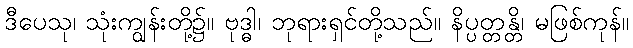
ဒီပေသု၊ သုံးကျွန်းတို့၌။ ဗုဒ္ဓါ၊ ဘုရားရှင်တို့သည်။ နိပ္ပတ္တန္တိ၊ မဖြစ်ကုန်။